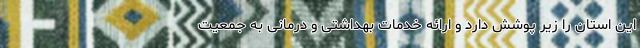
این استان را زیر پوشش دارد و ارائه خدمات بهداشتی و درمانی به جمعیت